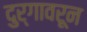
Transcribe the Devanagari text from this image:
दुर्गावरून